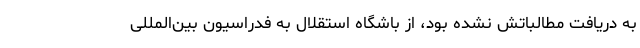
به دریافت مطالباتش نشده بود، از باشگاه استقلال به فدراسیون بین‌المللی